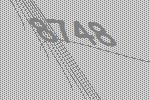
8748